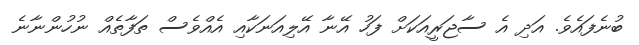
ބުނެފައެވެ. އަދި އެ ސާޖަރީއަކަށް ފަހު އޭނާ އޭލިއަނަކާއި އެއްވެސް ތަފާތެއް ނުހުންނާނެ